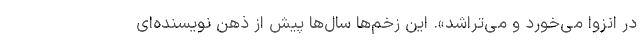
در انزوا می‌خورد و می‌تراشد». این زخم‌ها سال‌ها پیش از ذهن نویسنده‌ای